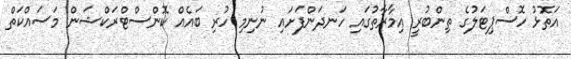
އަތޮޅު ހޮސްޕިޓަލުގެ ތިންބުރީ އިމާރާތުގައި ހަނދަންފަށައި ނުނިމި ހުރި ބައެއް ކޮންސްޓްރަކްޝަން މަސައްކަތް